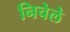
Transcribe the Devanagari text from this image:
निचेले